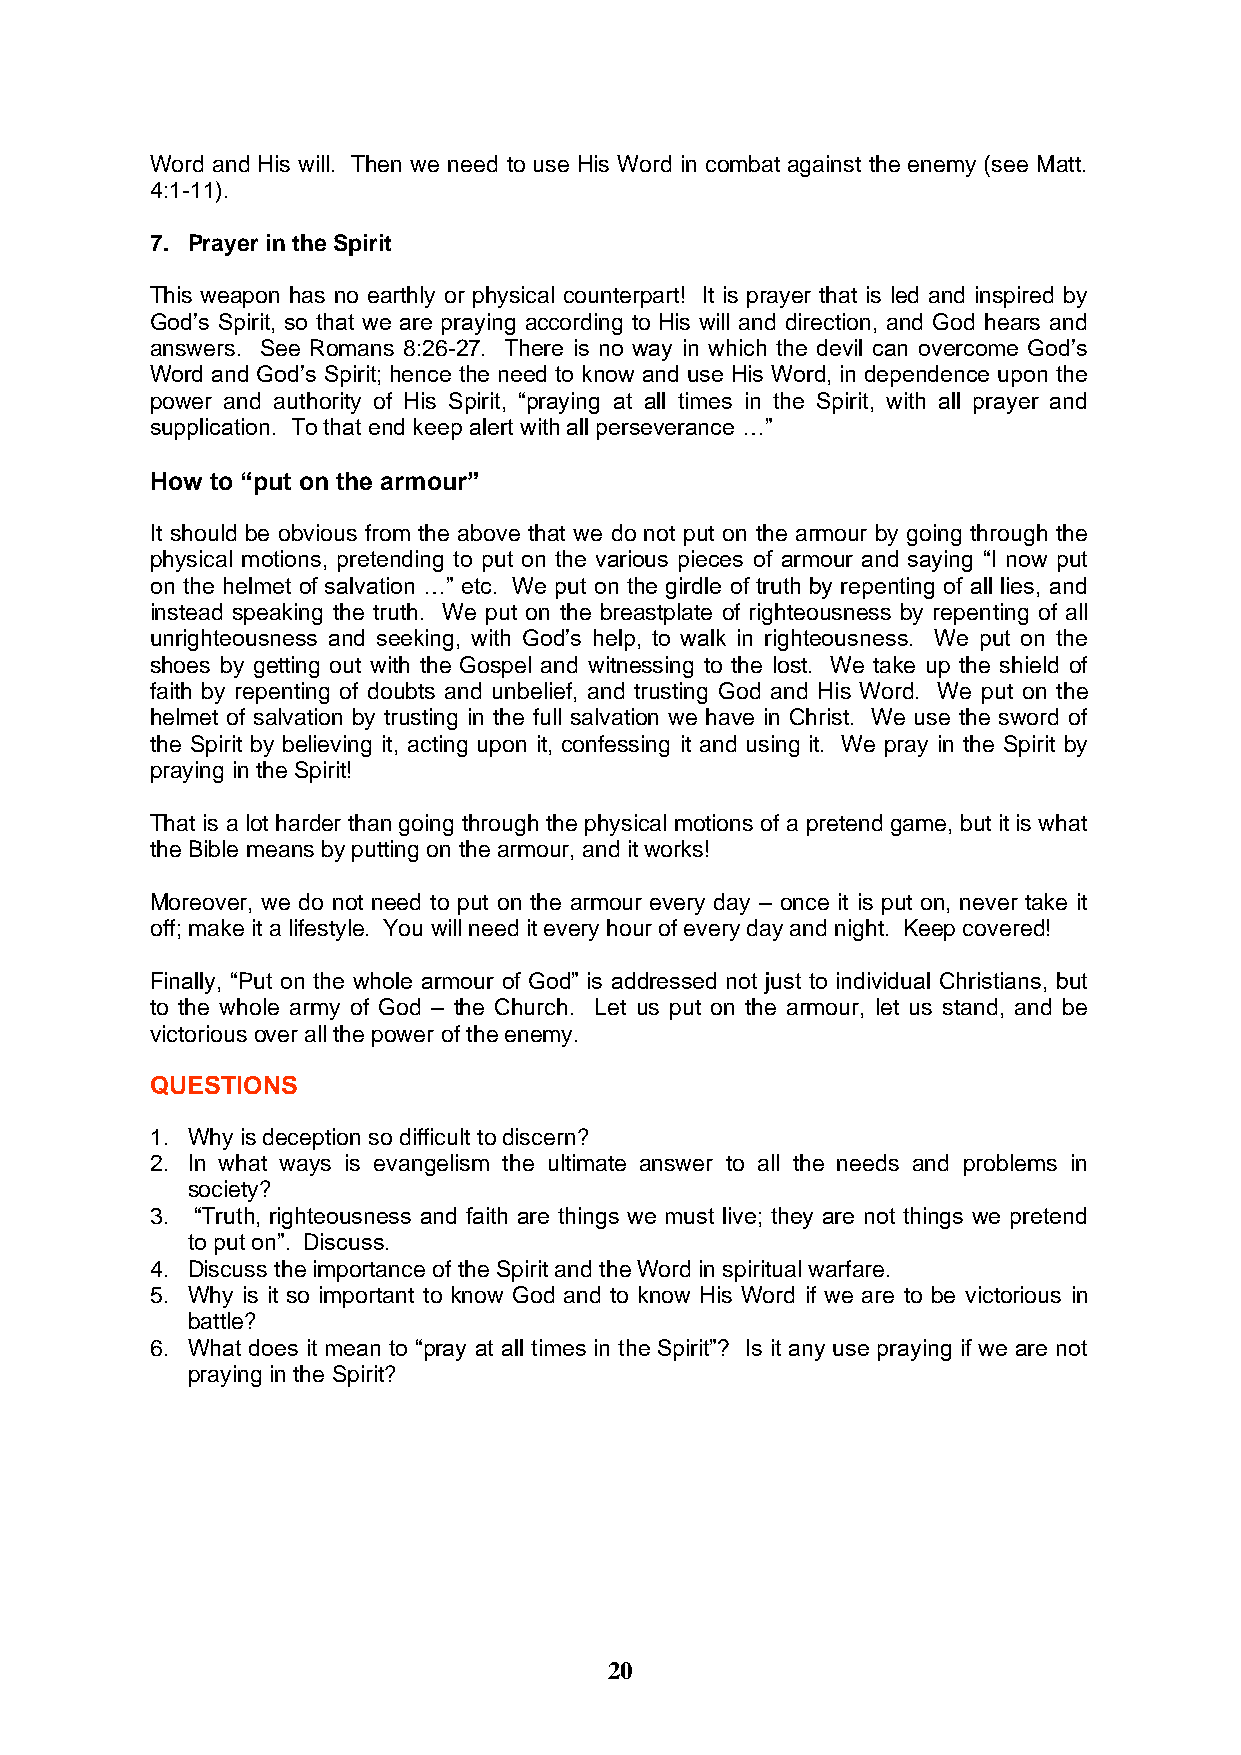
Word and His will. Then we need to use His Word in combat against the enemy (see Matt.
 4:1-11).
 7. Prayer in the Spirit
 This weapon has no earthly or physical counterpart! It is prayer that is led and inspired by
 God’s Spirit, so that we are praying according to His will and direction, and God hears and
 answers. See Romans 8:26-27. There is no way in which the devil can overcome God’s
 Word and God’s Spirit; hence the need to know and use His Word, in dependence upon the
 power and authority of His Spirit, “praying at all times in the Spirit, with all prayer and
 supplication. To that end keep alert with all perseverance …”
 How to “put on the armour”
 It should be obvious from the above that we do not put on the armour by going through the
 physical motions, pretending to put on the various pieces of armour and saying “I now put
 on the helmet of salvation …” etc. We put on the girdle of truth by repenting of all lies, and
 instead speaking the truth. We put on the breastplate of righteousness by repenting of all
 unrighteousness and seeking, with God’s help, to walk in righteousness. We put on the
 shoes by getting out with the Gospel and witnessing to the lost. We take up the shield of
 faith by repenting of doubts and unbelief, and trusting God and His Word. We put on the
 helmet of salvation by trusting in the full salvation we have in Christ. We use the sword of
 the Spirit by believing it, acting upon it, confessing it and using it. We pray in the Spirit by
 praying in the Spirit!
 That is a lot harder than going through the physical motions of a pretend game, but it is what
 the Bible means by putting on the armour, and it works!
 Moreover, we do not need to put on the armour every day – once it is put on, never take it
 off; make it a lifestyle. You will need it every hour of every day and night. Keep covered!
 Finally, “Put on the whole armour of God” is addressed not just to individual Christians, but
 to the whole army of God – the Church. Let us put on the armour, let us stand, and be
 victorious over all the power of the enemy.
 QUESTIONS
 1. Why is deception so difficult to discern?
 2. In what ways is evangelism the ultimate answer to all the needs and problems in
 society?
 3. “Truth, righteousness and faith are things we must live; they are not things we pretend
 to put on”. Discuss.
 4. Discuss the importance of the Spirit and the Word in spiritual warfare.
 5. Why is it so important to know God and to know His Word if we are to be victorious in
 battle?
 6. What does it mean to “pray at all times in the Spirit”? Is it any use praying if we are not
 praying in the Spirit?
 20